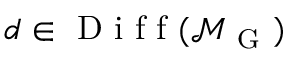
d \in \mathrm { ~ D ~ i ~ f ~ f ~ } ( \mathcal { M } _ { \mathrm { ~ G ~ } } )